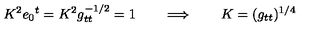
K ^ { 2 } e _ { 0 } { } ^ { t } = K ^ { 2 } g _ { t t } ^ { - 1 / 2 } = 1 \qquad \Longrightarrow \qquad K = ( g _ { t t } ) ^ { 1 / 4 }